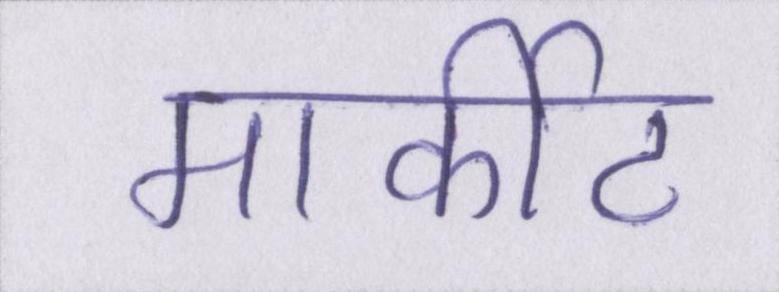
मार्कीट